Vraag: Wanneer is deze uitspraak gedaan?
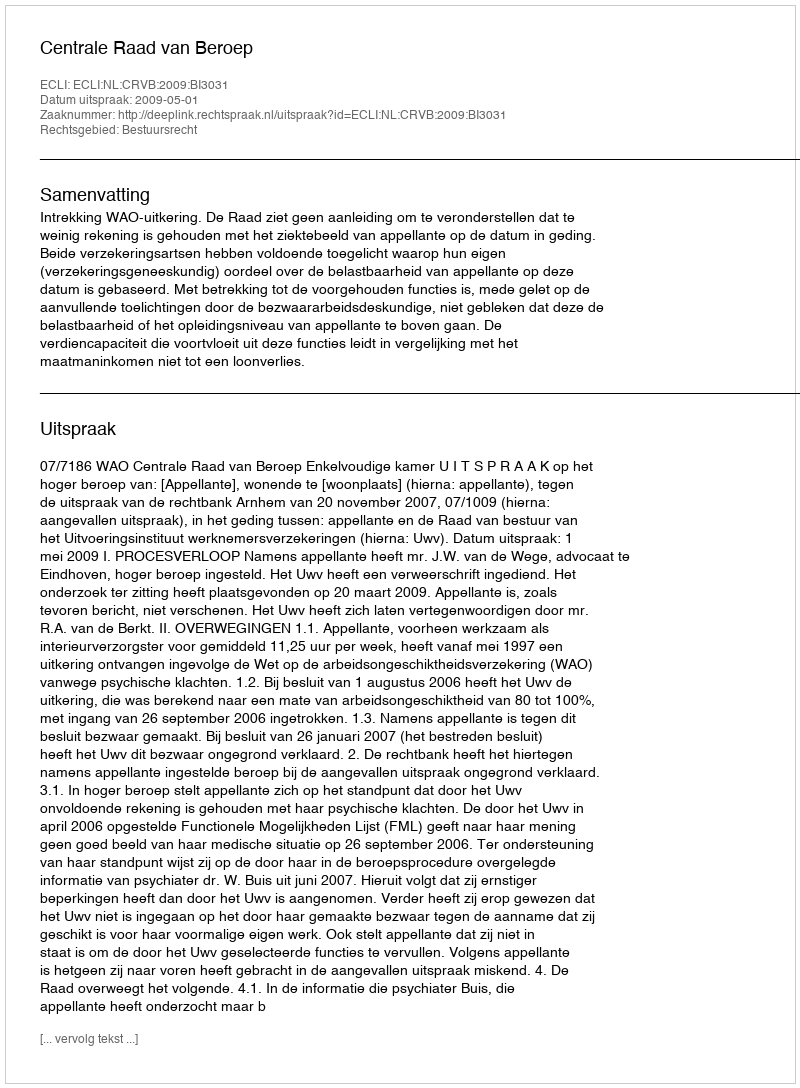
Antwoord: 2009-05-01